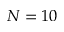
N = 1 0